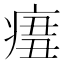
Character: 𤷨